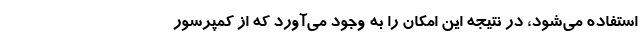
استفاده می‌شود، در نتیجه این امکان را به وجود می‌آورد که از کمپرسور